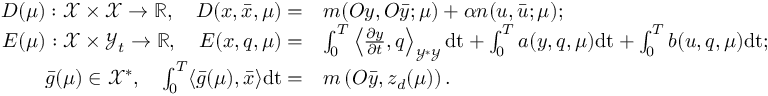
\begin{array} { r l } { D ( \boldsymbol { \mu } ) : \mathcal { X } \times \mathcal { X } \to \mathbb { R } , \quad D ( x , \bar { x } , \boldsymbol { \mu } ) = } & { m ( O y , O \bar { y } ; \boldsymbol { \mu } ) + \alpha n ( u , \bar { u } ; \boldsymbol { \mu } ) ; } \\ { E ( \boldsymbol { \mu } ) : \mathcal { X } \times \mathcal { Y } _ { t } \to \mathbb { R } , \quad E ( x , q , \boldsymbol { \mu } ) = } & { \int _ { 0 } ^ { T } \left\langle \frac { \partial y } { \partial t } , q \right\rangle _ { \mathcal { Y } ^ { * } \mathcal { Y } } \mathrm { d t } + \int _ { 0 } ^ { T } a ( y , q , \boldsymbol { \mu } ) \mathrm { d t } + \int _ { 0 } ^ { T } b ( u , q , \boldsymbol { \mu } ) \mathrm { d t } ; } \\ { \bar { g } ( \boldsymbol { \mu } ) \in \mathcal { X } ^ { * } , \quad \int _ { 0 } ^ { T } \langle \bar { g } ( \boldsymbol { \mu } ) , \bar { x } \rangle \mathrm { d t } = } & { m \left( O \bar { y } , z _ { d } ( \boldsymbol { \mu } ) \right) . } \end{array}